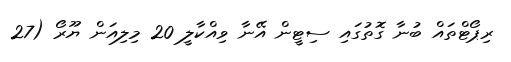
ރިޕޯޓްތައް ބުނާ ގޮތުގައި ސިޓީން އޭނާ ވިއްކާލީ 20 މިލިއަން ޔޫރޯ (27